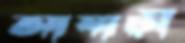
আষাঢ়ী